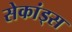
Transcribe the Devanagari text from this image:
सेकांड्स